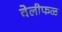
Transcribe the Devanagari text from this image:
वेलीफळ